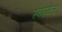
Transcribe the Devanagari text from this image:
स्वरमेल